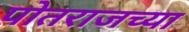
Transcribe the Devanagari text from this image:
पोतराजच्या